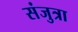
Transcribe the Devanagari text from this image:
संजुत्रा